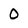
Character: O